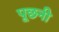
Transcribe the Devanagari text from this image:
पूछनी